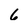
Character: 6